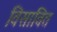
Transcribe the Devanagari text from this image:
विसावित